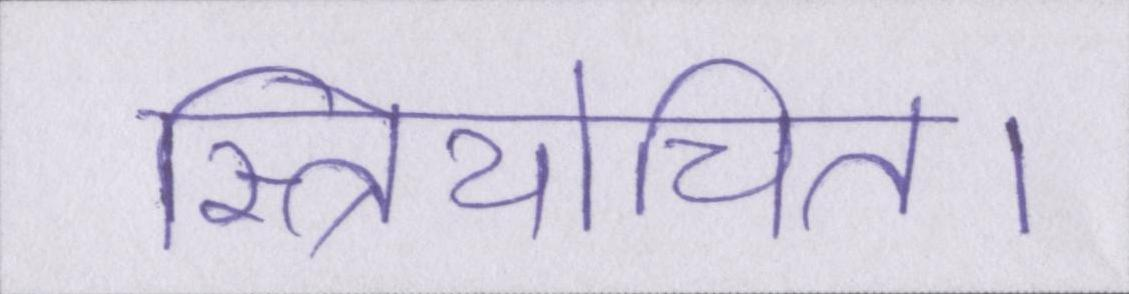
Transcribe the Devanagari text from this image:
स्त्रियोचित।